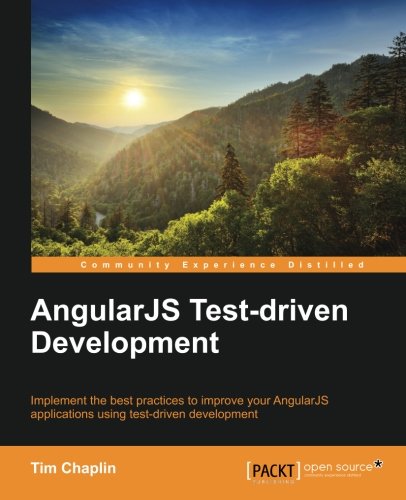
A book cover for AngularJS Test-driven Development; Tim Chaplin; Computers & Technology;